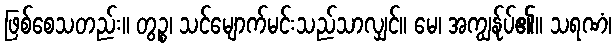
ဖြစ်စေသတည်း။ တွဉ္စ၊ သင်မျောက်မင်းသည်သာလျှင်။ မေ၊ အကျွန်ုပ်၏။ သရဏံ၊